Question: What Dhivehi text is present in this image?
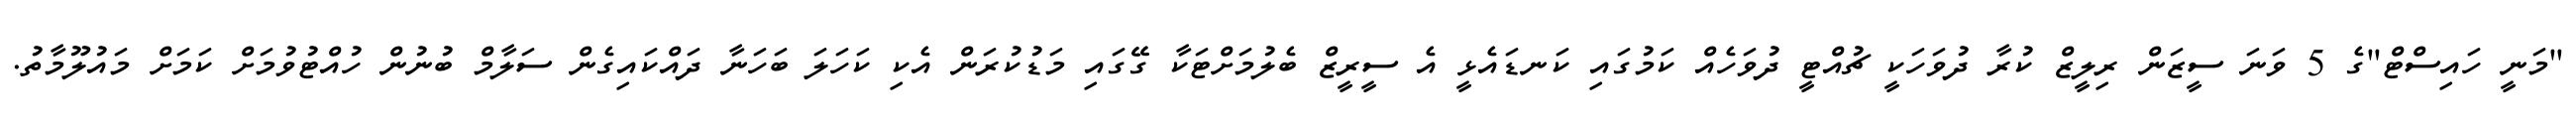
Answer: "މަނީ ހައިސްޓް"ގެ 5 ވަނަ ސީޒަން ރިލީޒް ކުރާ ދުވަހަކީ ޗުއްޓީ ދުވަހެއް ކަމުގައި ކަނޑައެޅީ އެ ސީރީޒް ބެލުމަށްޓަކާ ގޭގައި މަޑުކުރަން އެކި ކަހަލަ ބަހަނާ ދައްކައިގެން ސަލާމް ބުނުން ހުއްޓުވުމަށް ކަމަށް މައުލޫމާތު.